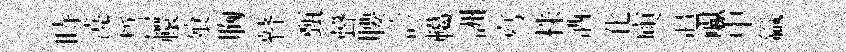
時澆誓轘飱胸瞽甄聲腰診轕詶寫株洒化庾追巘中籯